system: You are a helpful assistant.
user:
Analyze the provided spectrum to determine if it is a **M-type Giant (gM)**.

A M-type Giant spectrum is defined by its **strong molecular absorption** features, particularly from **Titanium Oxide (TiO)**. You must check for one of the following mutually exclusive signatures:

- **Key Visual Indicators (Absorption-Dominated Spectrum):**

    - **(Primary):** The spectrum is dominated by strong molecular absorption from **Titanium Oxide (TiO)**. This is the **defining feature** of its M-type temperature class.
        - **(Key Bandheads):** Look for sharp, "saw-tooth" absorption valleys. The strongest are located near **~7050 Å**, **~6160 Å**, and **~5170 Å**.
        - **(Line Profile):** The "saw-tooth" morphology is critical: a **sharp, steep drop on the BLUE (short-wavelength) side** of the bandhead, followed by a gradual recovery (rising flux) towards the RED (long-wavelength) side.

    - **(Key Confirmation - Giant vs. Dwarf):** **ABSENCE** of strong **Calcium Hydride (CaH)** molecular bands. This is the primary diagnostic for *excluding* M-dwarfs.
        - **(Key Region):** The spectrum should lack the strong, broad absorption band seen in dwarfs between **~6800 Å and ~7000 Å**.

    - **(Secondary Confirmation - Giant):** A very strong and broad **Neutral Calcium (Ca I)** atomic absorption line.
        - **(Key Line):** Located at **~4226 Å**. In a giant (gM), this line is significantly deeper and broader than the same line in an M-dwarf (dM) due to low surface gravity.

    - **(Overall Spectrum):**
        - The continuum is **extremely red-sloping** (i.e., flux is very low in the blue and rises dramatically towards the red).
        - The entire spectrum appears "chopped up" by the deep TiO bands.

Think first, call **spectral_visualization_tool** if needed to examine features in detail, then provide your final answer. Your response must adhere to the following strict rules:
1.  **Overall Structure:** Your response must follow the format `<think>...</think> <tool_call>...</tool_call> (if a tool is used) <answer>...</answer>`.
2.  **Tool Usage Constraint:** You may only make **one** tool call per turn.
3.  **Final Answer Format:** In the `<answer>` tag, your conclusion must be inside a `\boxed{}` command (e.g., `\boxed{YES}` or `\boxed{NO}`), followed by your justification.

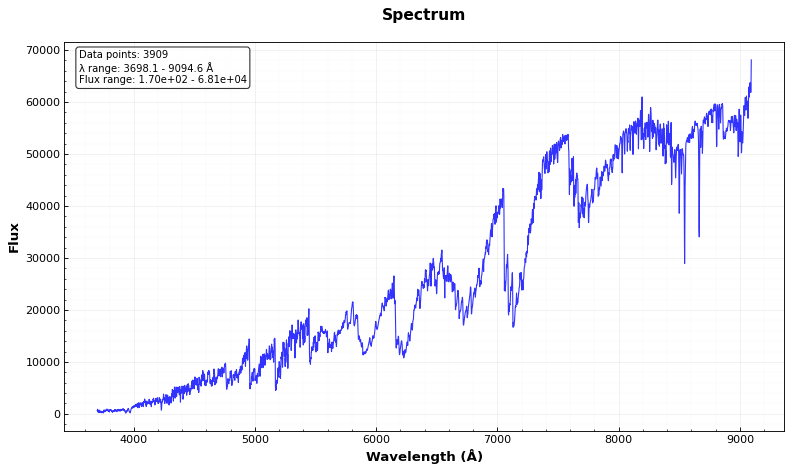
Answer: YES